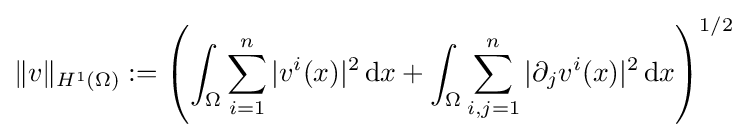
\|v\|_{H^{1}(\Omega )}:=\left(\int _{\Omega }\sum _{i=1}^{n}|v^{i}(x)|^{2}\,\mathrm {d} x+\int _{\Omega }\sum _{i,j=1}^{n}|\partial _{j}v^{i}(x)|^{2}\,\mathrm {d} x\right)^{1/2}